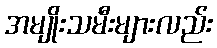
အမျိုးသမီးများလည်း